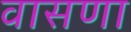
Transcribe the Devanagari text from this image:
वासणा